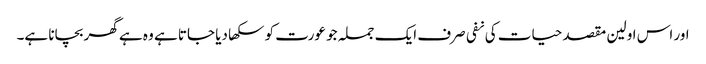
اور اس اولین مقصد حیات کی نفی صرف ایک جملہ جو عورت کو سکھا دیا جاتا ہے وہ ہے گھر بچانا ہے۔